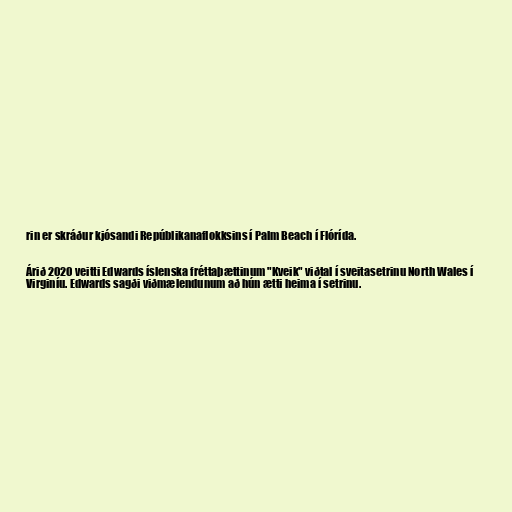
rin er skráður kjósandi Repúblikanaflokksins í Palm Beach í Flórída.

Árið 2020 veitti Edwards íslenska fréttaþættinum "Kveik" viðtal í sveitasetrinu North Wales í
Virginíu. Edwards sagði viðmælendunum að hún ætti heima í setrinu.